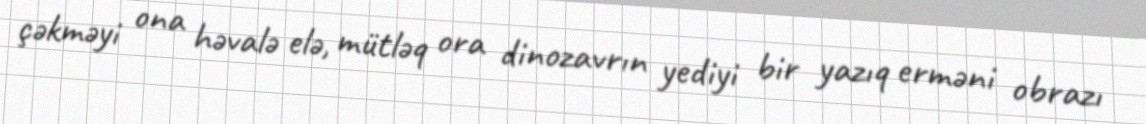
çəkməyi ona həvalə elə, mütləq ora dinozavrın yediyi bir yazıq erməni obrazı